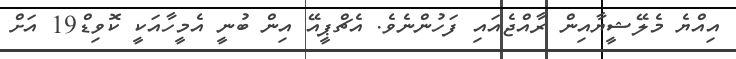
އިއްޔެ މެލޭޝީޔާއިން ރާއްޖެއައި ފަހުންނެވެ. އެޗްޕީއޭ އިން ބުނީ އެމީހާއަކީ ކޮވިޑް19 އަށް